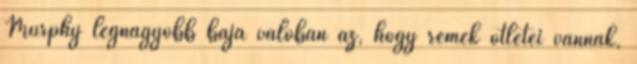
Murphy legnagyobb baja valóban az, hogy remek ötletei vannak,